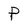
Character: P